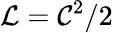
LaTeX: {\mathcal{L}}={\mathcal{C}}^{2}/2